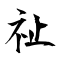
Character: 祉